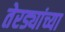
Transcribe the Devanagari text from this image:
तेरड्यांच्या